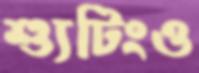
শ্যুটিংও